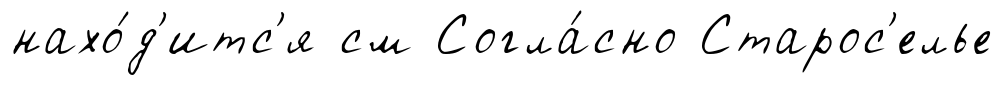
нахо́д'итс'я см Согла́сно Старос'елье